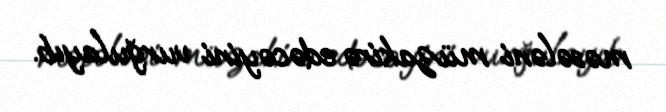
məsələni müzakirə edəcəyini vurğulayıb.